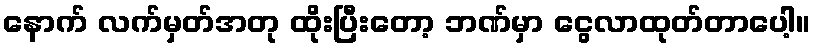
နောက် လက်မှတ်အတု ထိုးပြီးတော့ ဘဏ်မှာ ငွေလာထုတ်တာပေါ့။